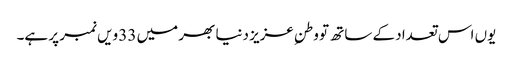
یوں اس تعداد کے ساتھ تو وطنِ عزیز دنیا بھر میں 33 ویں نمبر پر ہے۔